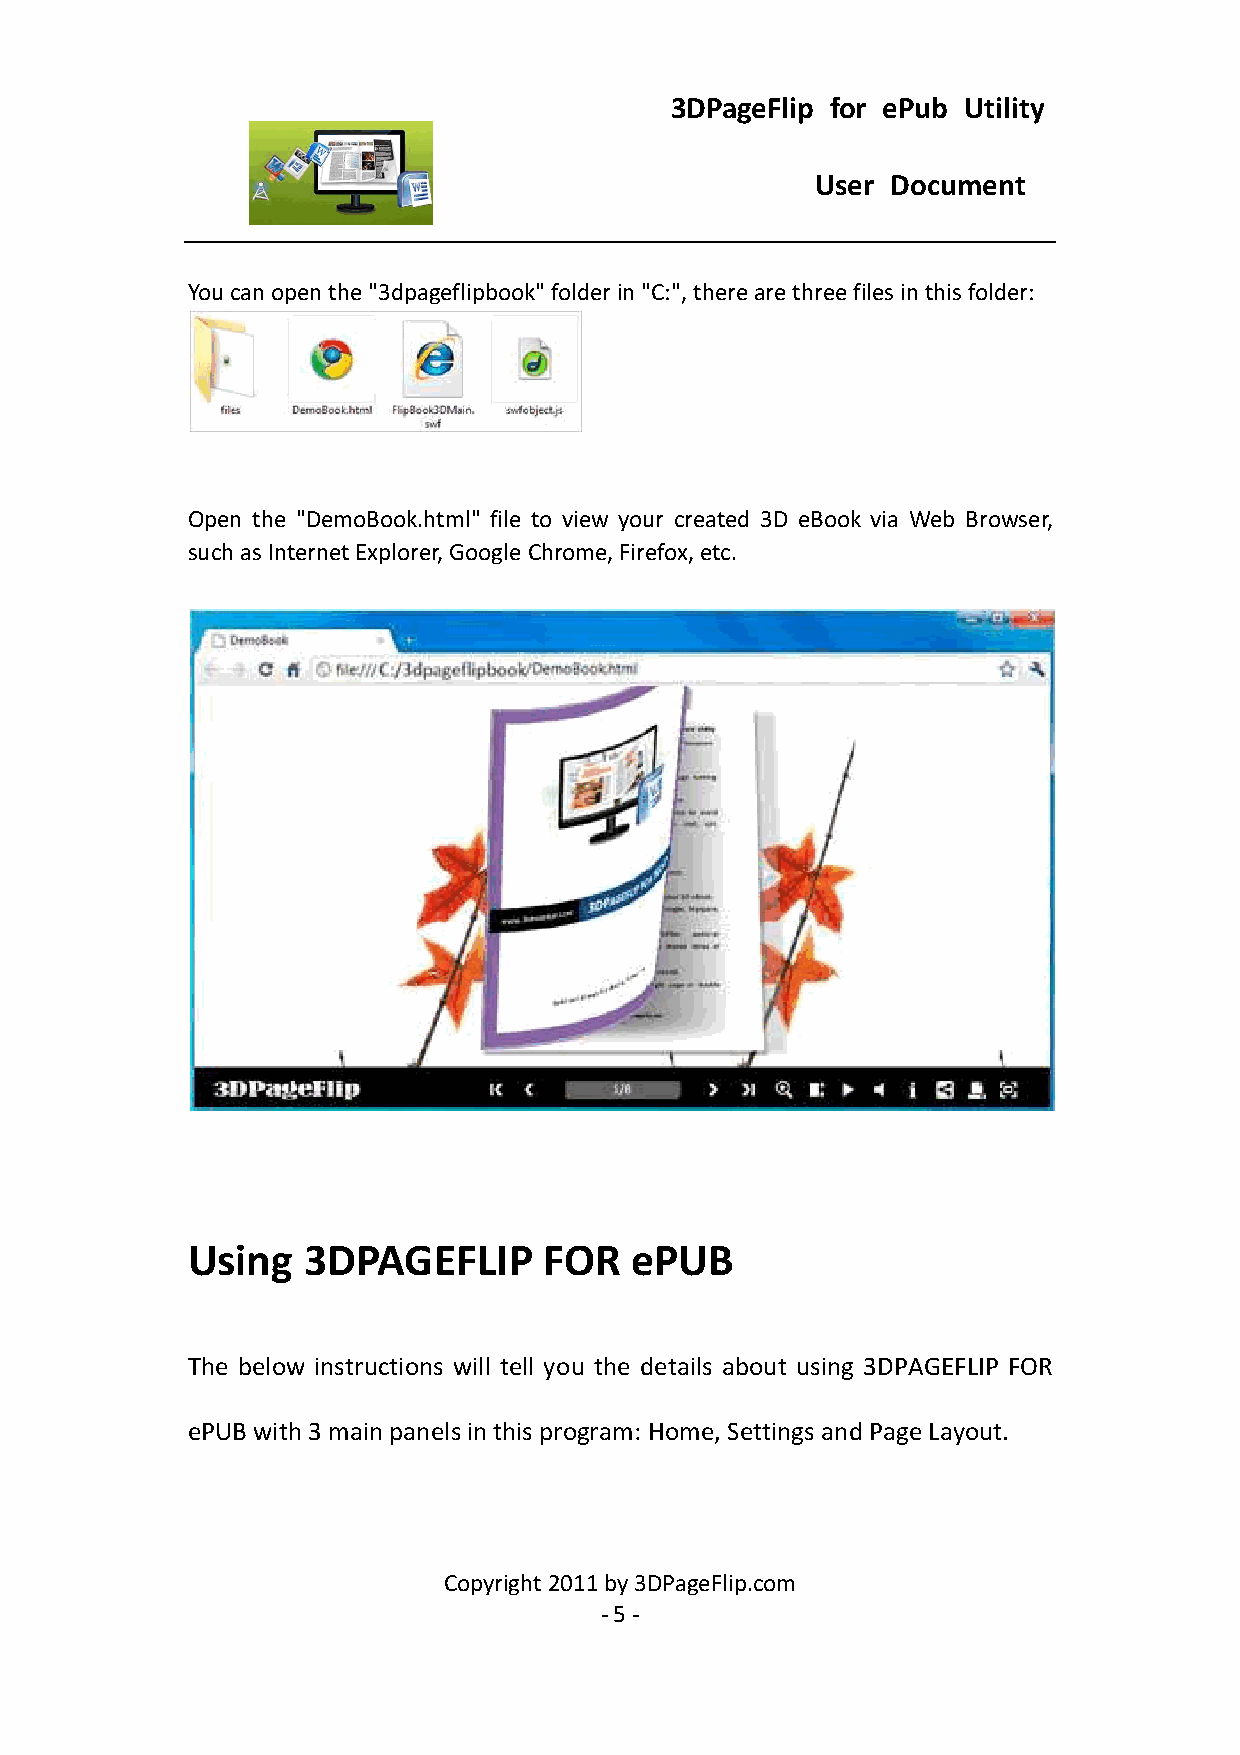
3DPageFlip for ePub Utility
 User Document
 You can open the "3dpageflipbook" folder in "C:", there are three files in this folder:
 Open the "DemoBook.html" file to view your created 3D eBook via Web Browser,
 such as Internet Explorer, Google Chrome, Firefox, etc.
 Using   3DPAGEFLIP      FOR   ePUB
 The below instructions will tell you the details about using 3DPAGEFLIP FOR
 ePUB with 3 main panels in this program: Home, Settings and Page Layout.
 Copyright 2011 by 3DPageFlip.com
 - 5 -